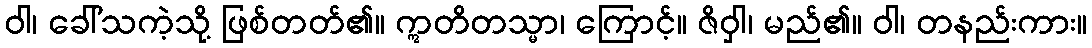
ဝါ၊ ခေါ်သကဲ့သို့ ဖြစ်တတ်၏။ ဣတိတသ္မာ၊ ကြောင့်။ ဇိဝှါ၊ မည်၏။ ဝါ၊ တနည်းကား။